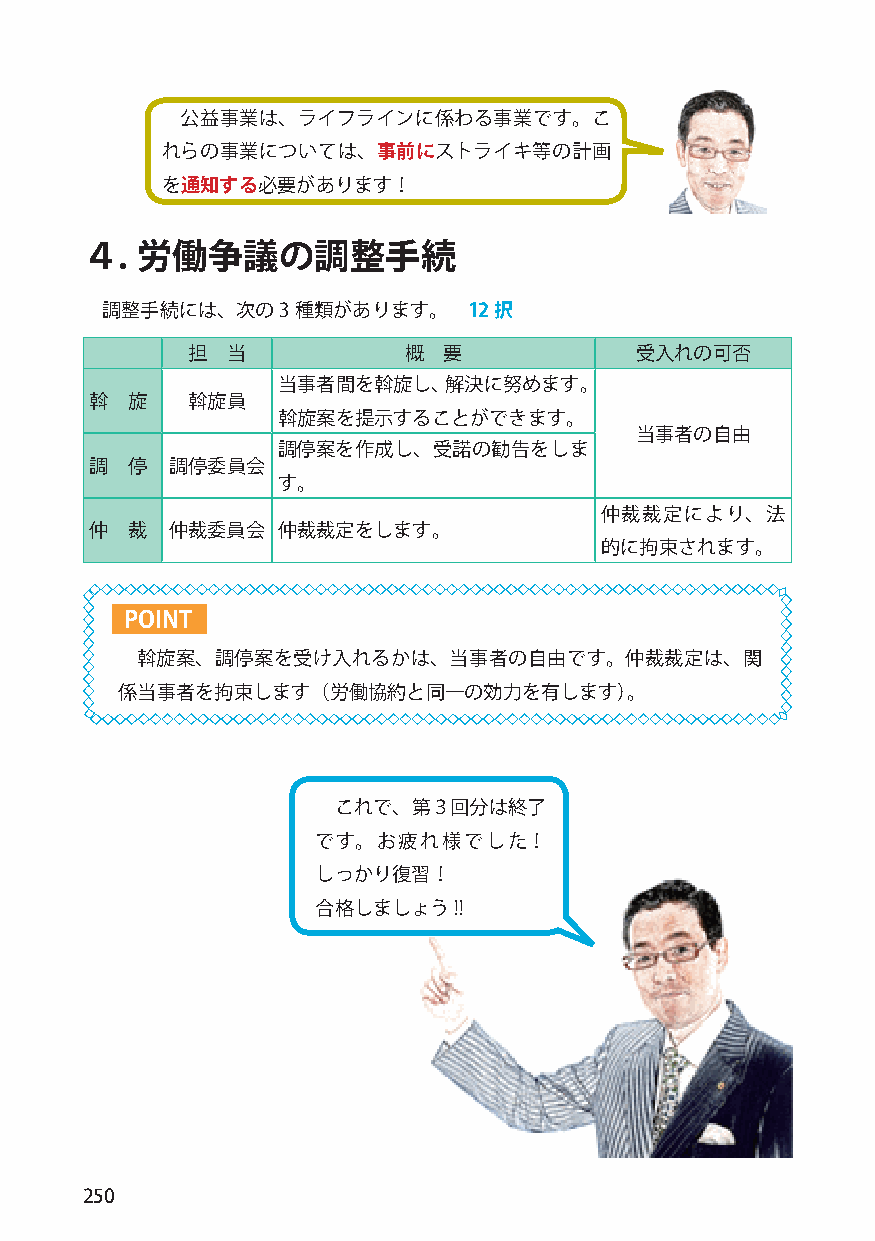
公益事業は、ライフラインに係わる事業です。こ
 れらの事業については、事前にストライキ等の計画
 を通知する必要があります！
 ４.  労働争議の調整手続
 調整手続には、次の3  種類があります。    12択
 担  当           概 要            受入れの可否
 当事者間を斡旋し、解決に努めます。
 斡 旋   斡旋員
 斡旋案を提示することができます。
 当事者の自由
 調停案を作成し、受諾の勧告をしま
 調 停  調停委員会
 す。
 仲裁裁定により、法
 仲 裁  仲裁委員会  仲裁裁定をします。
 的に拘束されます。
 POINT
 斡旋案、調停案を受け入れるかは、当事者の自由です。仲裁裁定は、関
 係当事者を拘束します（労働協約と同一の効力を有します）。
 これで、第３回分は終了
 です。お疲れ様でした！
 しっかり復習！
 合格しましょう!!
 250